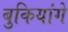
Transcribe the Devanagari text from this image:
बुकियांगे